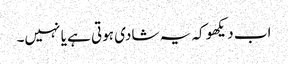
اب دیکھو کہ یہ شادی ہوتی ہے یا نہیں۔